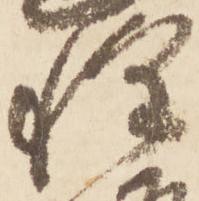
惶